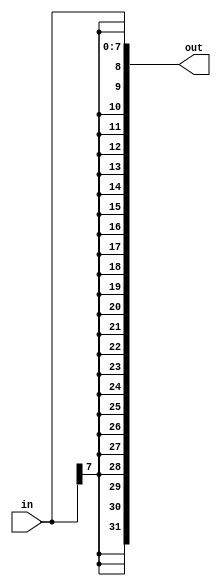
// Concatenation replications
// example: {5{1'b1}} - 5'b11111
// example: {2{a,b,c}} - {a,b,c,a,b,c}
module top_module (
    input [7:0] in,
    output [31:0] out );//

    // assign out = { replicate-sign-bit , the-input };
    assign out = { {24{in[7]}}, in }; // remember to use {} for the replicated bits.

endmodule